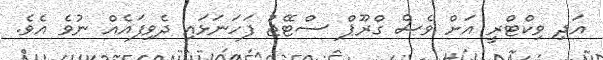
އަދި ވިކްޓްރީ އަށް ވެސް ގްރޫޕް ސްޓޭޖު ފަހަނަޅައި ދެވިފައެއް ނުވެ އެވެ.